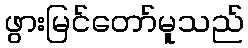
ဖွားမြင်တော်မူသည်